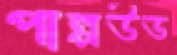
পাল্পউড